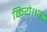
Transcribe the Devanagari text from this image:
किये॥ॐ